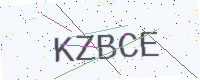
Text: KZBCE